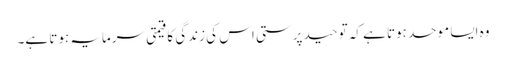
وہ ایسا موحد ہوتا ہے کہ توحید پرستی اس کی زندگی کا قیمتی سرمایہ ہوتا ہے۔